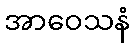
အာဝေသနံ